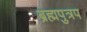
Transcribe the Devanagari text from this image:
ब्रह्मपुत्रप